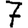
Digit: 7